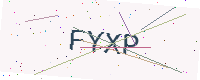
Text: FYXP